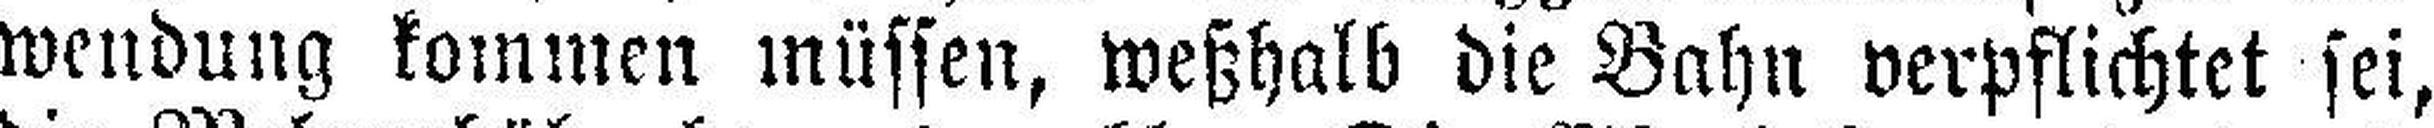
wendung kommen müssen, weßhalb die Bahn verpflichtet sei,